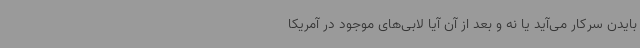
بایدن سرکار می‌آید یا نه و بعد از آن آیا لابی‌های موجود در آمریکا